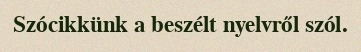
Szócikkünk a beszélt nyelvről szól.